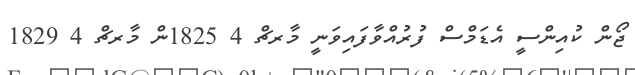
ޖޯން ކުއިންސީ އެޑަމްސް ފުރުއްވާފައިވަނީ މާރޗް 4 1825ން މާރޗް 4 1829